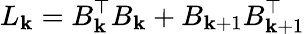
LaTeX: L_{\mathbf{k}}=B_{\mathbf{k}}^{\top}B_{\mathbf{k}}+B_{\mathbf{k}+1}B_{\mathbf{k}+1}^{\top}